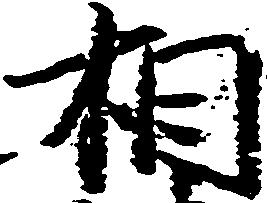
相